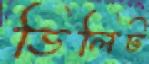
ডিলিট